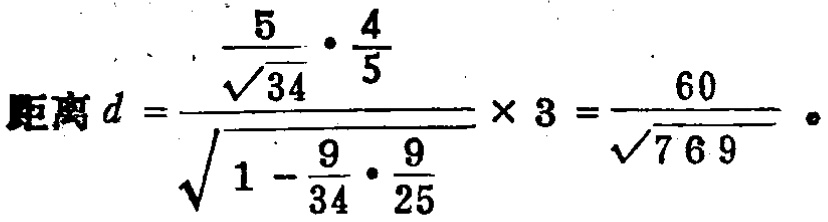
\[
距离\ d = \frac{\frac{5}{\sqrt{34}} \cdot \frac{4}{5}}{\sqrt{1 - \frac{9}{34} \cdot \frac{9}{25}}} \times 3 = \frac{60}{\sqrt{769}} 。
\]